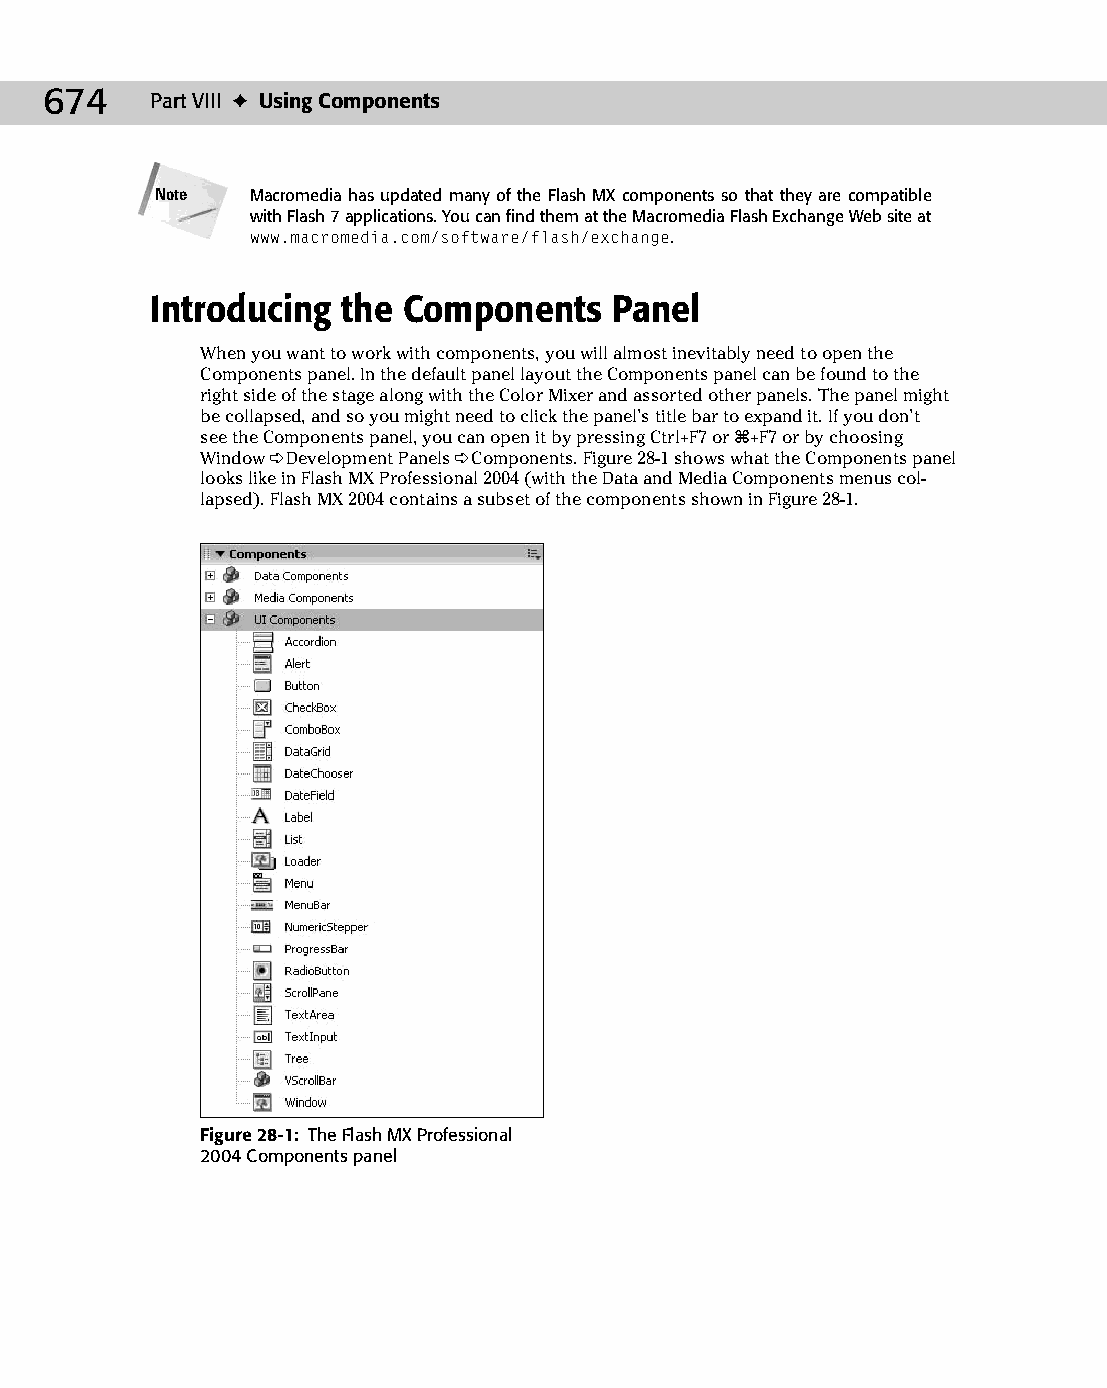
37 543547 ch28.qxd 3/24/04 4:08 PM Page 674
 674    Part VIII ✦ Using Components
 Note   Macromedia has updated many of the Flash MX components so that they are compatible
 with Flash 7 applications. You can find them at the Macromedia Flash Exchange Web site at
 www.macromedia.com/software/flash/exchange.
 Introducing  the Components    Panel
 When you want to work with components, you will almost inevitably need to open the
 Components panel. In the default panel layout the Components panel can be found to the
 right side of the stage along with the Color Mixer and assorted other panels. The panel might
 be collapsed, and so you might need to click the panel’s title bar to expand it. If you don’t
 see the Components panel, you can open it by pressing Ctrl+F7 or Ô+F7 or by choosing
 Window ➪ Development Panels ➪ Components. Figure 28-1 shows what the Components panel
 looks like in Flash MX Professional 2004 (with the Data and Media Components menus col­
 lapsed). Flash MX 2004 contains a subset of the components shown in Figure 28-1.
 Figure 28-1: The Flash MX Professional
 2004 Components panel